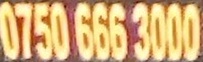
0750 666 3000